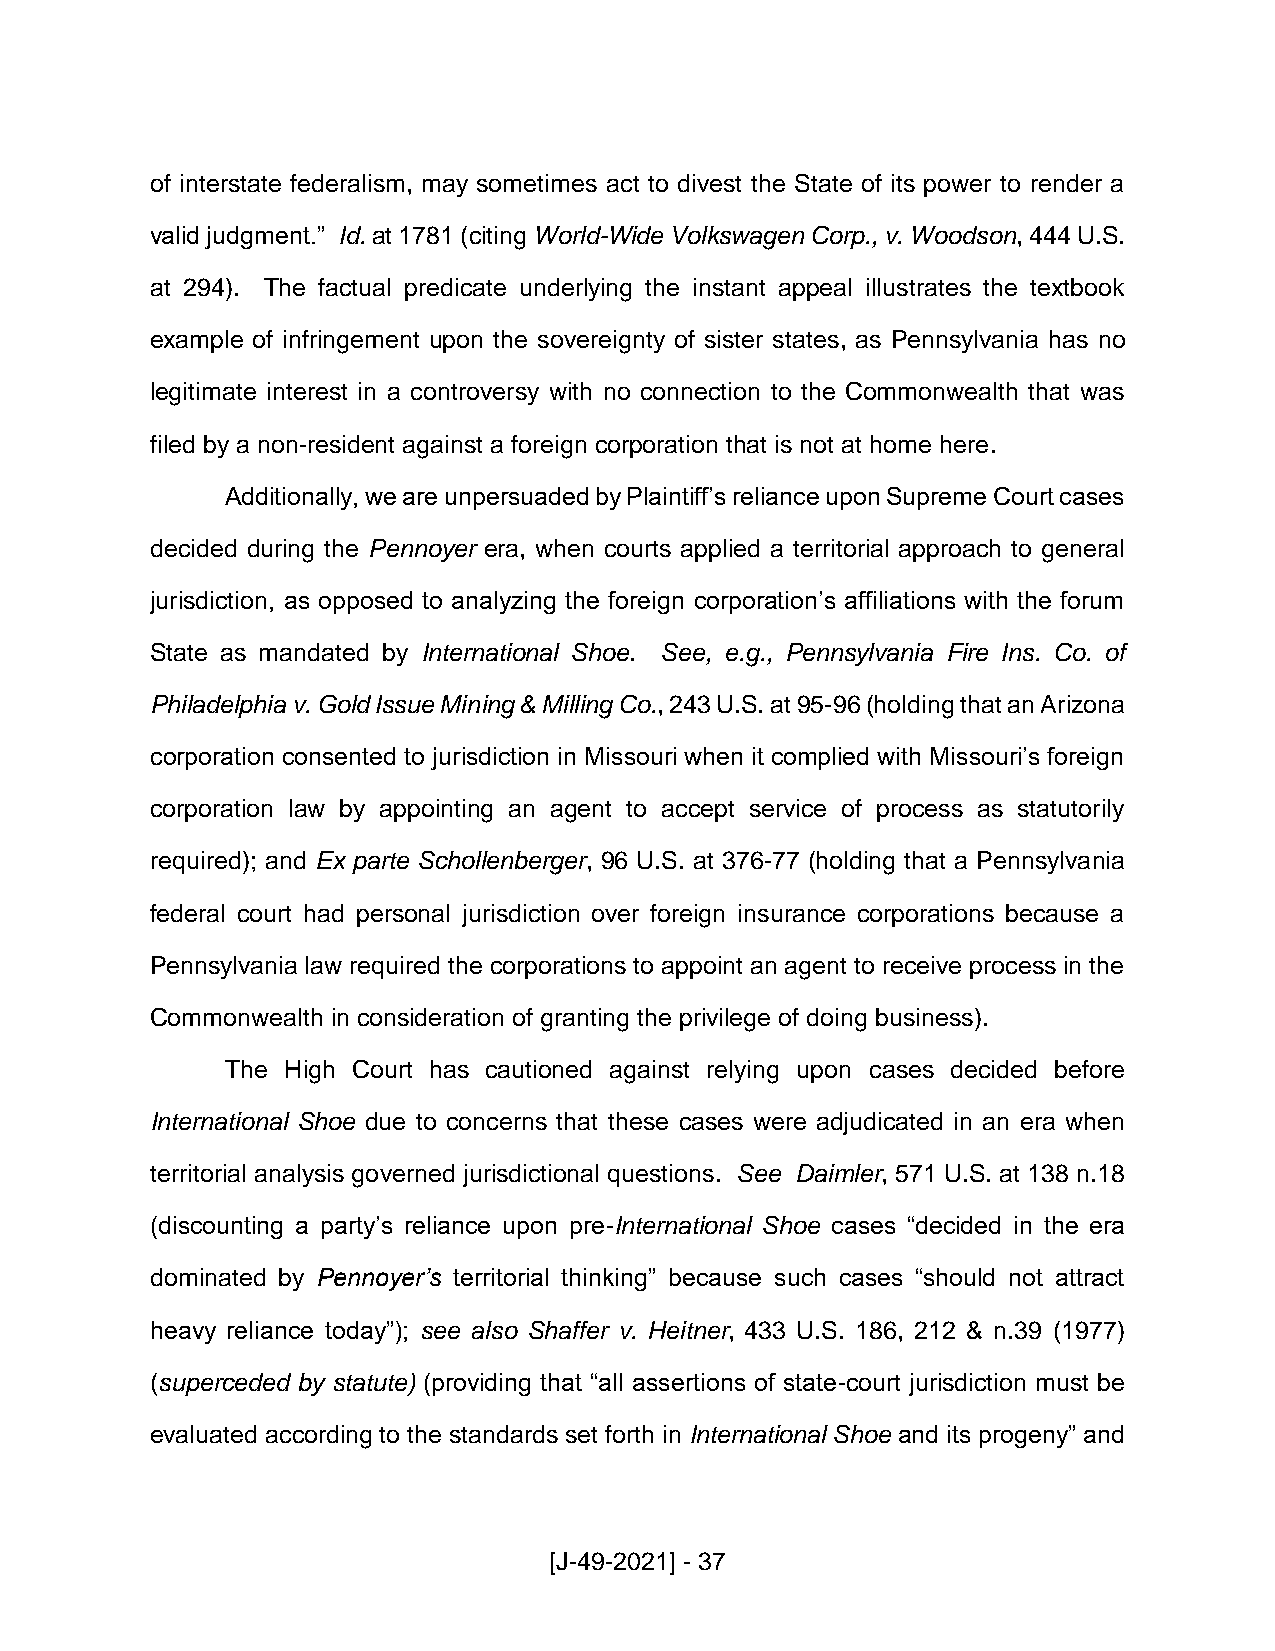
of interstate federalism, may sometimes act to divest the State of its power to render a
 valid judgment.” Id. at 1781 (citing World-Wide Volkswagen Corp., v. Woodson, 444 U.S.
 at 294). The factual predicate underlying the instant appeal illustrates the textbook
 example of infringement upon the sovereignty of sister states, as Pennsylvania has no
 legitimate interest in a controversy with no connection to the Commonwealth that was
 filed by a non-resident against a foreign corporation that is not at home here.
 Additionally, we are unpersuaded by Plaintiff’s reliance upon Supreme Court cases
 decided during the Pennoyer era, when courts applied a territorial approach to general
 jurisdiction, as opposed to analyzing the foreign corporation’s affiliations with the forum
 State as mandated by International Shoe. See, e.g., Pennsylvania Fire Ins. Co. of
 Philadelphia v. Gold Issue Mining & Milling Co., 243 U.S. at 95-96 (holding that an Arizona
 corporation consented to jurisdiction in Missouri when it complied with Missouri’s foreign
 corporation law by appointing an agent to accept service of process as statutorily
 required); and Ex parte Schollenberger, 96 U.S. at 376-77 (holding that a Pennsylvania
 federal court had personal jurisdiction over foreign insurance corporations because a
 Pennsylvania law required the corporations to appoint an agent to receive process in the
 Commonwealth in consideration of granting the privilege of doing business).
 The High Court has cautioned against relying upon cases decided before
 International Shoe due to concerns that these cases were adjudicated in an era when
 territorial analysis governed jurisdictional questions. See Daimler, 571 U.S. at 138 n.18
 (discounting a party’s reliance upon pre-International Shoe cases “decided in the era
 dominated by Pennoyer’s territorial thinking” because such cases “should not attract
 heavy reliance today”); see also Shaffer v. Heitner, 433 U.S. 186, 212 & n.39 (1977)
 (superceded by statute) (providing that “all assertions of state-court jurisdiction must be
 evaluated according to the standards set forth in International Shoe and its progeny” and
 [J-49-2021] - 37